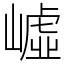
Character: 㠊